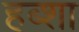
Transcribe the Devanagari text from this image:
हब्शा